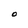
Character: O